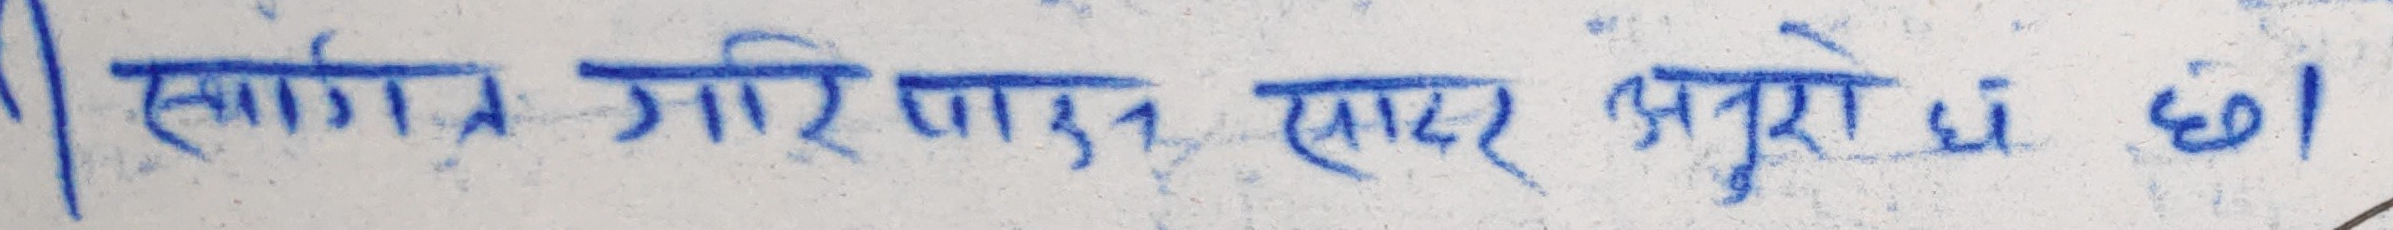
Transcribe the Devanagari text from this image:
स्वागत गरि सादर अनुरोध छ।